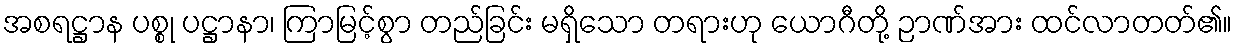
အစရဋ္ဌာန ပစ္စု ပဋ္ဌာနာ၊ ကြာမြင့်စွာ တည်ခြင်း မရှိသော တရားဟု ယောဂီတို့ ဉာဏ်အား ထင်လာတတ်၏။